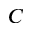
C